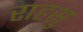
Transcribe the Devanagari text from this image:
राहसु